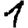
Digit: 1